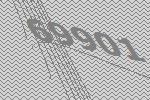
69901